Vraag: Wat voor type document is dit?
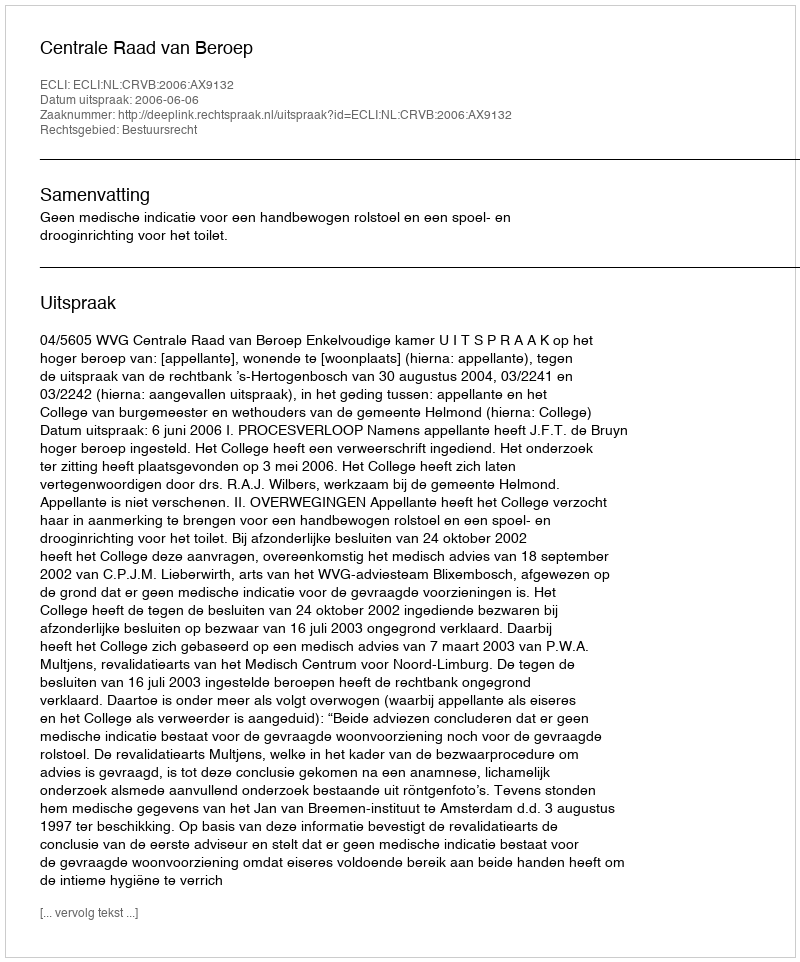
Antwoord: Uitspraak